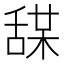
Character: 𦧤